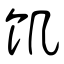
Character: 饥